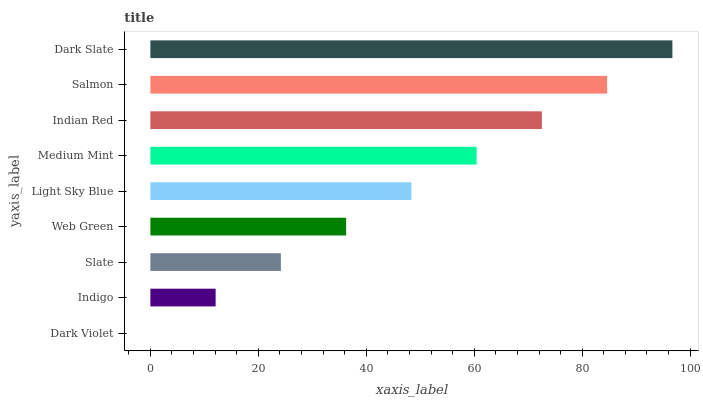
| yaxis_label | bars |
 | --- | --- |
 | Dark Violet | 0 |
 | Indigo | 12.1 |
 | Slate | 24.2 |
 | Web Green | 36.3 |
 | Light Sky Blue | 48.4 |
 | Medium Mint | 60.4 |
 | Indian Red | 72.5 |
 | Salmon | 84.6 |
 | Dark Slate | 96.7 |